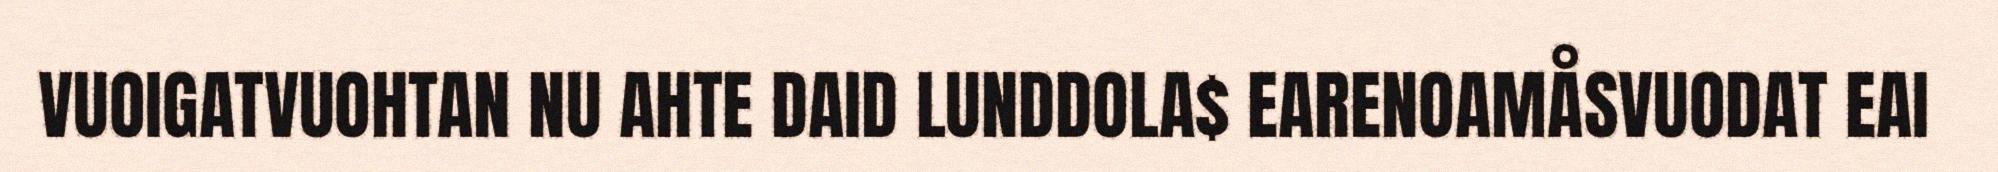
VUOIGATVUOHTAN NU AHTE DAID LUNDDOLA$ EARENOAMÅSVUODAT EAI